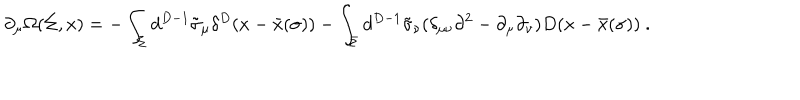
\partial _ { \mu } \Omega ( \Sigma , x ) = - \int _ { \Sigma } d ^ { D - 1 } \tilde { \sigma } _ { \mu } \delta ^ { D } ( x - \bar { x } ( \sigma ) ) - \int _ { \Sigma } d ^ { D - 1 } \tilde { \sigma } _ { \nu } ( \delta _ { \mu \nu } \partial ^ { 2 } - \partial _ { \mu } \partial _ { \nu } ) D ( x - \bar { x } ( \sigma ) ) \ .